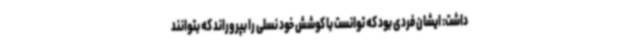
داشت: ایشان فردی بود که توانست با کوشش خود نسلی را بپروراند که بتوانند